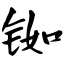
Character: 铷